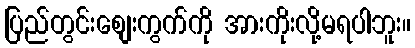
ပြည်တွင်းစျေးကွက်ကို အားကိုးလို့မရပါဘူး။